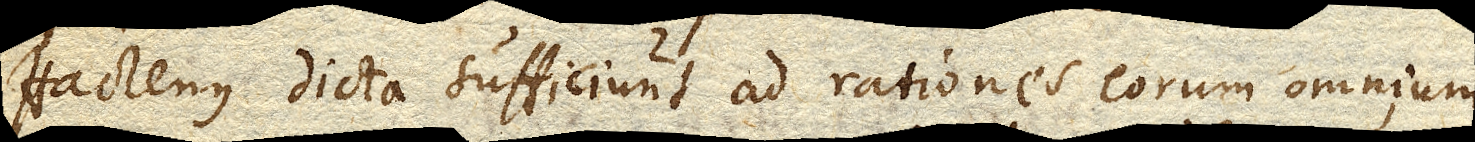
Hactenus dicta sufficiunt ad rationes eorum omnium